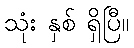
သုံး နှစ် ရှိပြီ။